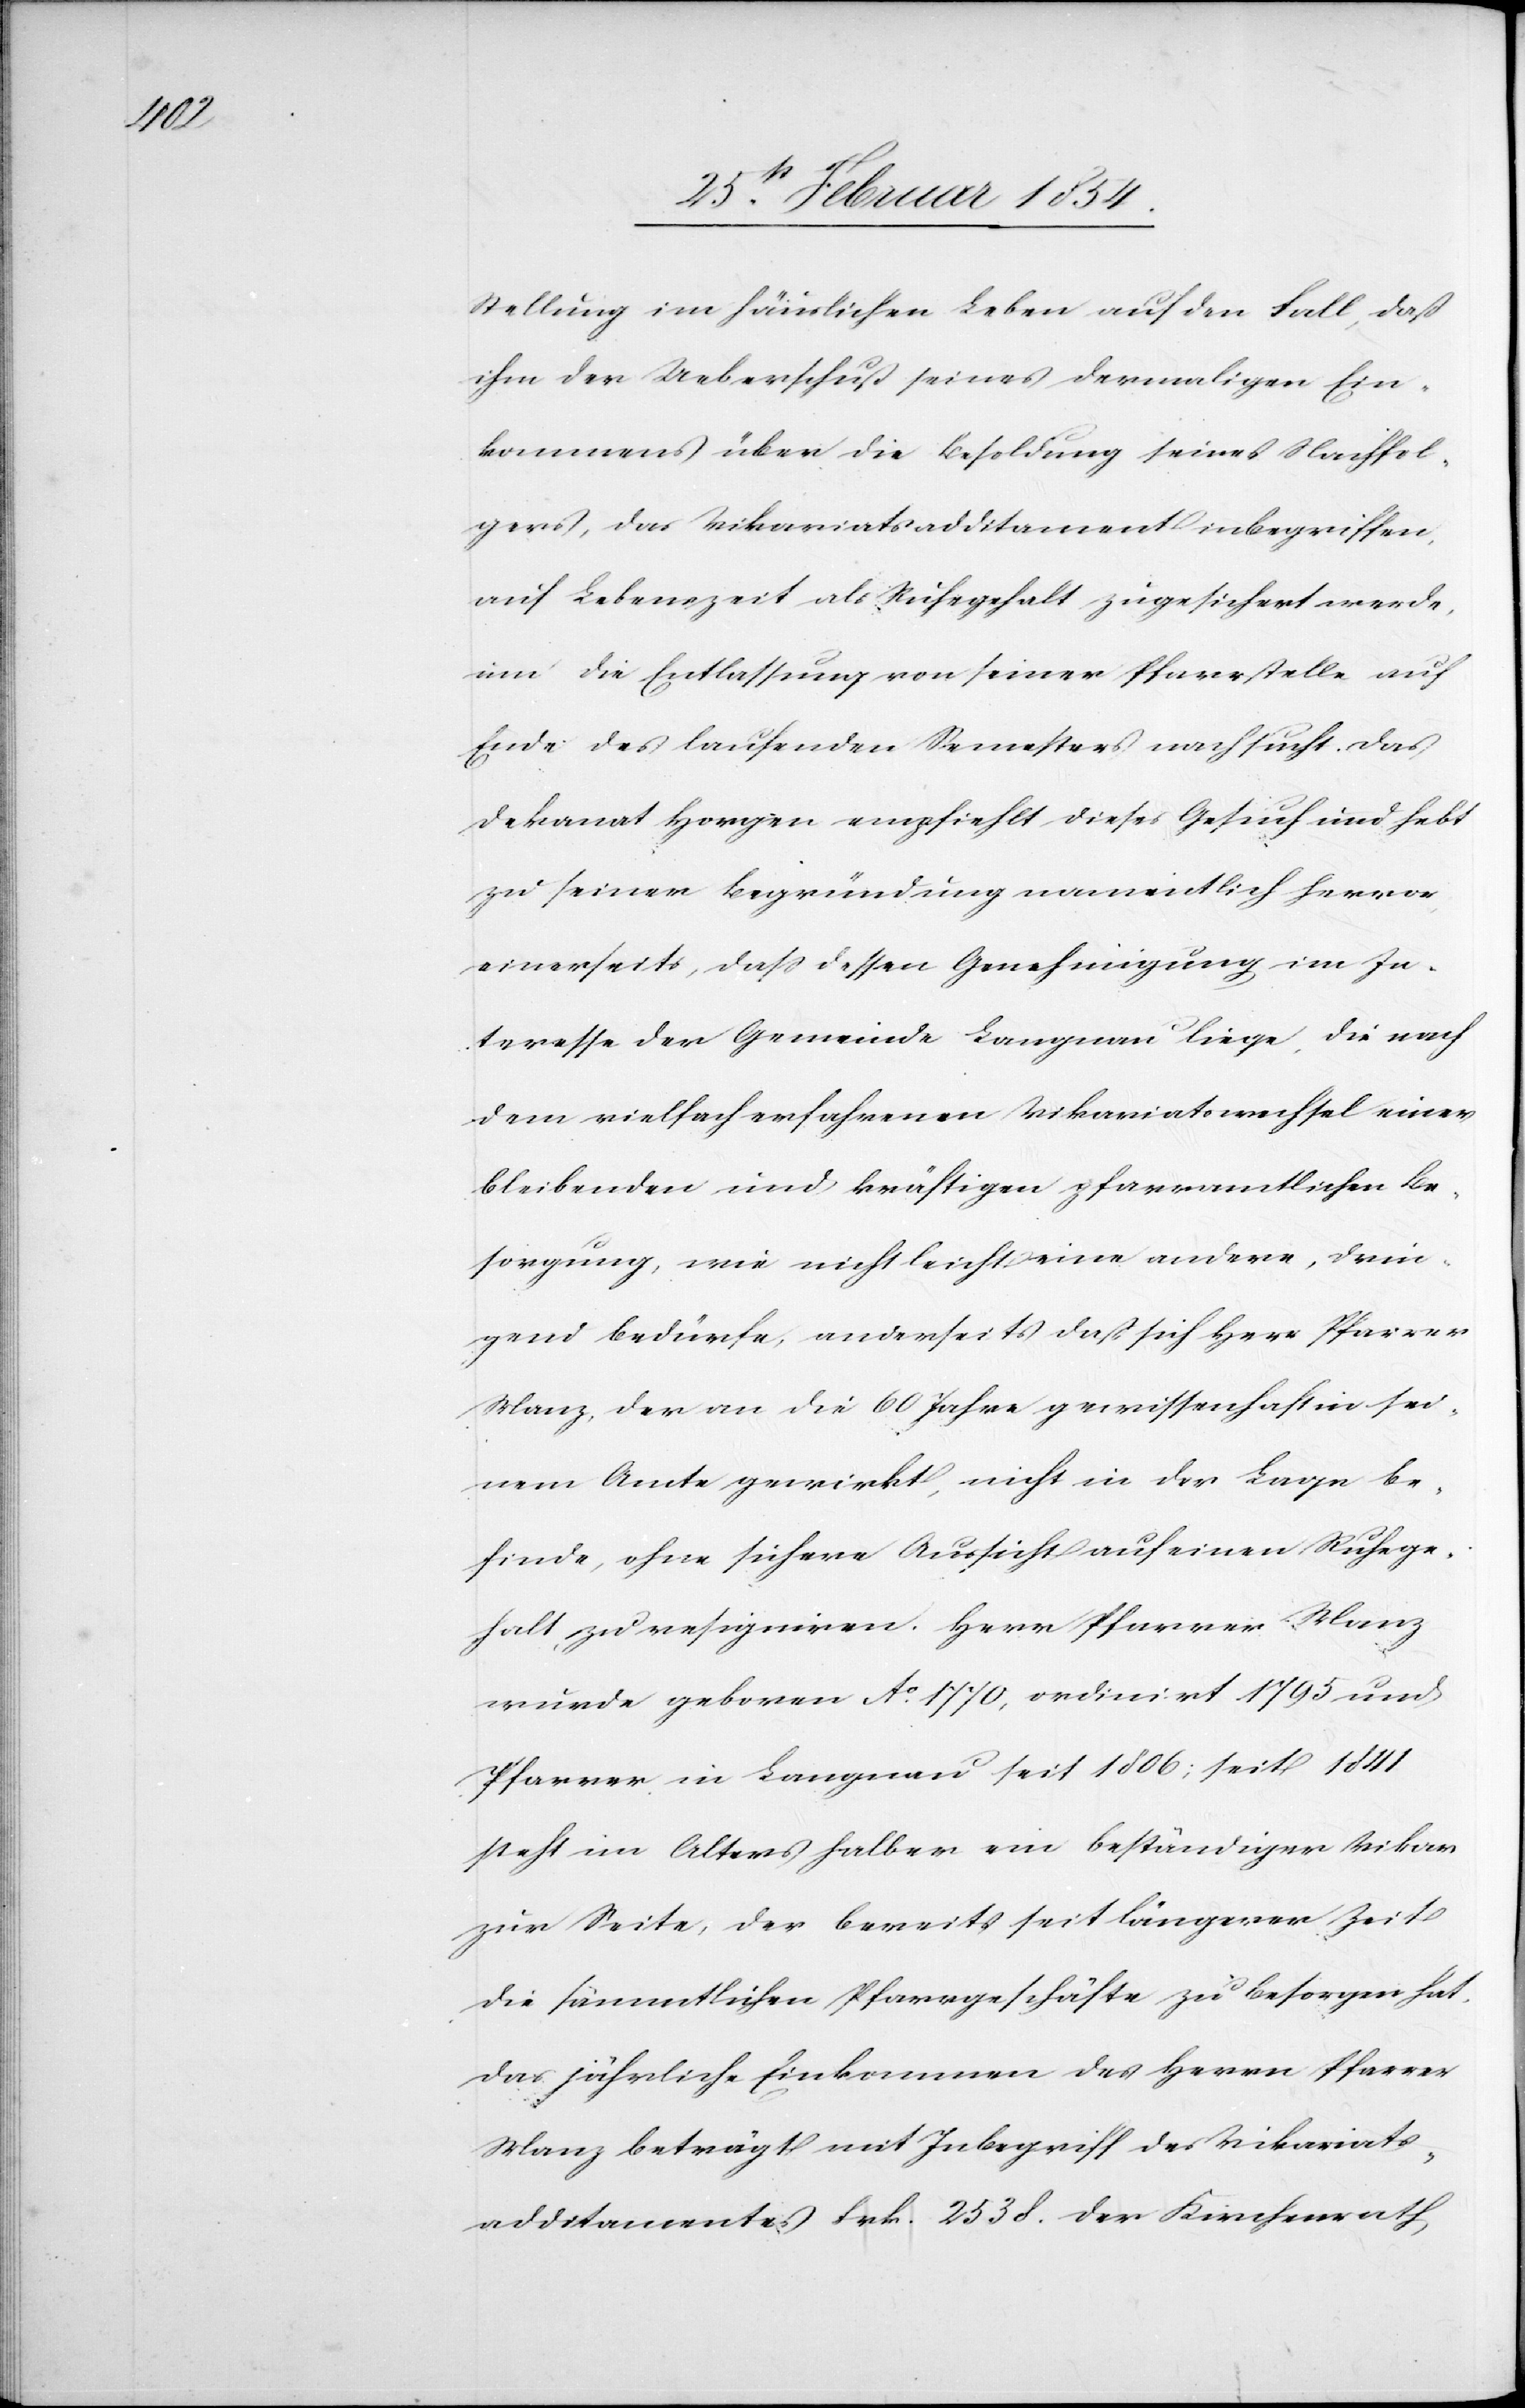
Stellung im häuslichen Leben auf den Fall, daß
ihm der Ueberschuß seines dermaligen Ein¬
kommens über die Besoldung seines Nachfol¬
gers, das Vikariatsadditament inbegriffen,
auf Lebenszeit als Ruhegehalt zugesichert werde,
um die Entlassung von seiner Pfarrstelle auf
Ende des laufenden Semesters nachsucht. Das
Dekanat Horgen empfiehlt dieses Gesuch und hebt
zu seiner Begründung namentlich hervor
einerseits, daß dessen Genehmigung im In¬
teresse der Gemeinde Langnau liege, die nach
dem vielfach erfahrenen Vikariatswechsel einer
bleibenden und kräftigen pfarramtlichen Be¬
sorgung, wie nicht leicht eine andere, drin¬
gend bedürfe, anderseits daß sich Herr Pfarrer
Manz, der an die 60 Jahre gewissenhaft in sei¬
nem Amte gewirkt, nicht in der Lage be¬
finde, ohne sichere Aussicht auf einen Ruhege¬
halt, zu resigniren. Herr Pfarrer Manz
wurde geboren Ao 1770, ordinirt 1795 und
Pfarrer in Langnau seit 1806; seit 1841
steht i[h]m Alters halber ein beständiger Vikar
zur Seite, der bereits seit längerer Zeit
die sämmtlichen Pfarrgeschäfte zu besorgen hat.
Das jährliche Einkommen des Herrn Pfarrer
Manz beträgt mit Inbegriff des Vikariats¬
additamentes Frk. 2538. Der Kirchenrath